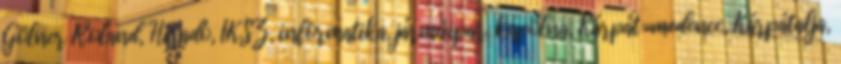
Gölner Roland, Híradó, IKSZ, informatika, járműipar, kápolna, Kárpát-medence, Kárpátalja,